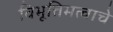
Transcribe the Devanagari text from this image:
विभूतिमत्वाचे